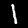
Label: 1